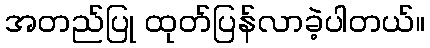
အတည်ပြု ထုတ်ပြန်လာခဲ့ပါတယ်။